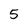
Character: 5